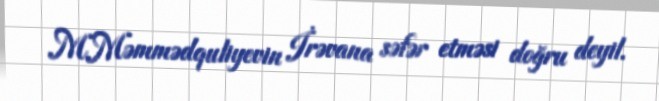
M.Məmmədquliyevin İrəvana səfər etməsi doğru deyil.